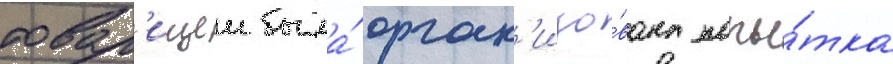
товар'ищеи была́ орган'изо́вана попы́тка